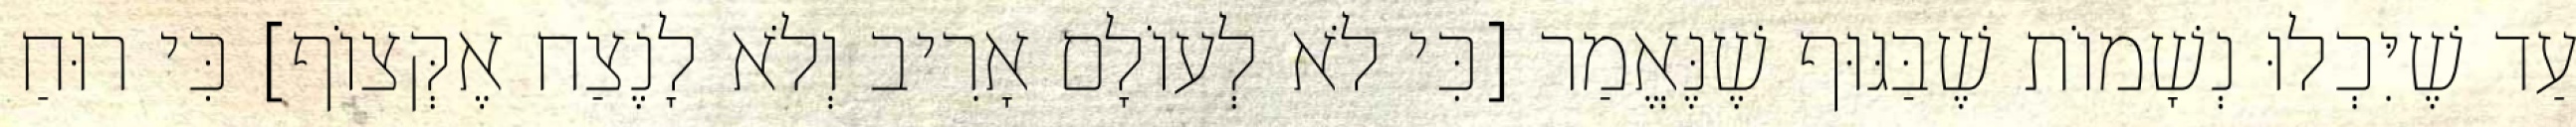
עַד שֶׁיִּכְלוּ נְשָׁמוֹת שֶׁבַּגּוּף שֶׁנֶּאֱמַר [כִּי לֹא לְעוֹלָם אָרִיב וְלֹא לָנֶצַח אֶקְּצוֹף] כִּי רוּחַ